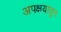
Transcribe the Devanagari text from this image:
अपक्षयातून